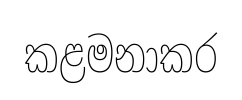
කළමනාකර